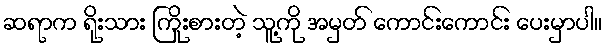
ဆရာက ရိုးသား ကြိုးစားတဲ့ သူ့ကို အမှတ် ကောင်းကောင်း ပေးမှာပါ။